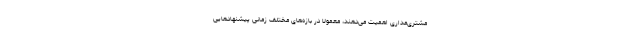
مشتری‌مداری اهمیت می‌دهند، معمولا در بازه‌های مختلف زمانی پیشنهادهایی